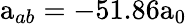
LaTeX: \mathrm{a}_{ab}=-51.86\mathrm{a}_{0}